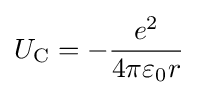
U_{\text{C}}=-{\dfrac {e^{2}}{4\pi \varepsilon _{0}r}}